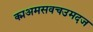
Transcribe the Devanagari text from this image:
क्मअमसवचउमदज